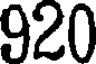
920